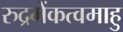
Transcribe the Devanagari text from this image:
रुद्रमेंकत्वमाहु